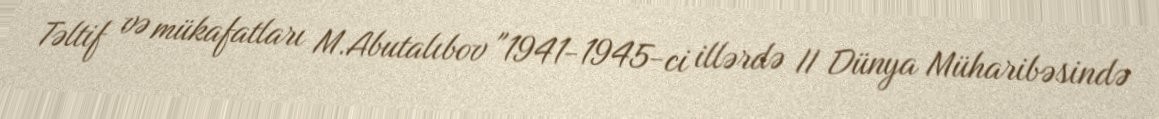
Təltif və mükafatları M.Abutalıbov "1941-1945-ci illərdə II Dünya Müharibəsində